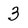
Character: 3